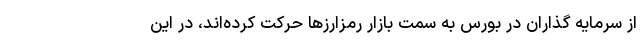
از سرمایه گذاران در بورس به سمت بازار رمزارزها حرکت کرده‌اند، در این